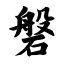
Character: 磐